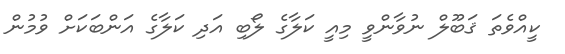
ކީއްވެތަ ޤަބޫލް ނުވާންވީ މިއީ ކަލާގެ ލޯބި އަދި ކަލާގެ އަންބަކަށް ވުމުން